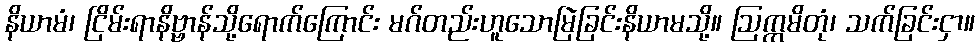
နိယာမံ၊ ငြိမ်းရာနိဗ္ဗာန်သို့ရောက်ကြောင်း မဂ်တည်းဟူသောမြဲခြင်းနိယာမသို့။ ဩက္ကမိတုံ၊ သက်ခြင်းငှာ။